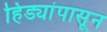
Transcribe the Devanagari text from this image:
हिड्यांपासून